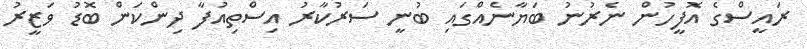
ރައީސްގެ އޮފީހުން ނެރުނު ބަޔާނެއްގައި ބުނީ ސަރުކާރު އިސްތިއުފާ ދިންކަން ބޮޑު ވަޒީރު